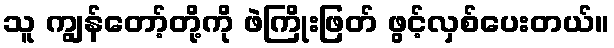
သူ ကျွန်တော့်တို့ကို ဖဲကြိုးဖြတ် ဖွင့်လှစ်ပေးတယ်။